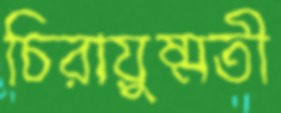
চিরায়ুষ্মতী